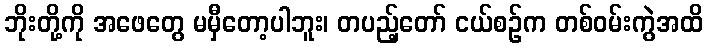
ဘိုးတို့ကို အဖေတွေ မမှီတော့ပါဘူး၊ တပည့်တော် ငယ်စဉ်က တစ်ဝမ်းကွဲအထိ